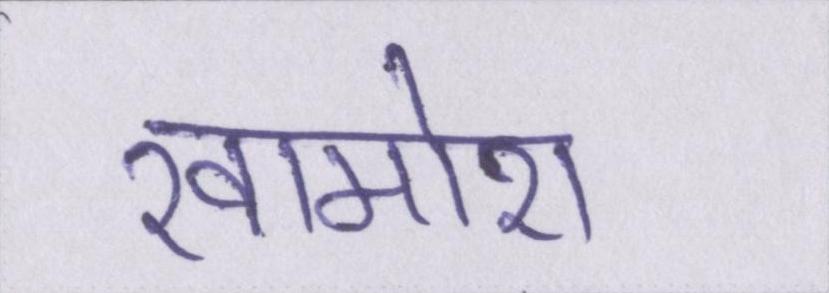
खामोश